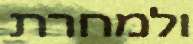
ולמחרת